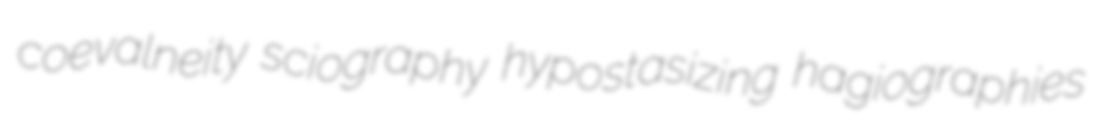
coevalneity sciography hypostasizing hagiographies